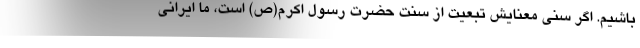
باشیم. اگر سنی معنایش تبعیت از سنت حضرت رسول اکرم(ص) است، ما ایرانی